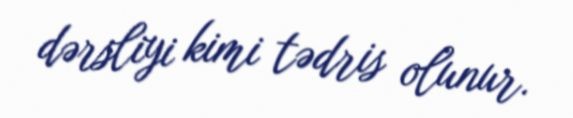
dərsliyi kimi tədris olunur.